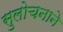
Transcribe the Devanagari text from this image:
सुलोचनाने